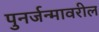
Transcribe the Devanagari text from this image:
पुनर्जन्मावरील